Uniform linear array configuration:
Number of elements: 8
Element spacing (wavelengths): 0.25
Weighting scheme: blackman
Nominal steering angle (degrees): -30
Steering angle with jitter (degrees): -29.018
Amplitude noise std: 0.05
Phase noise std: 0.05

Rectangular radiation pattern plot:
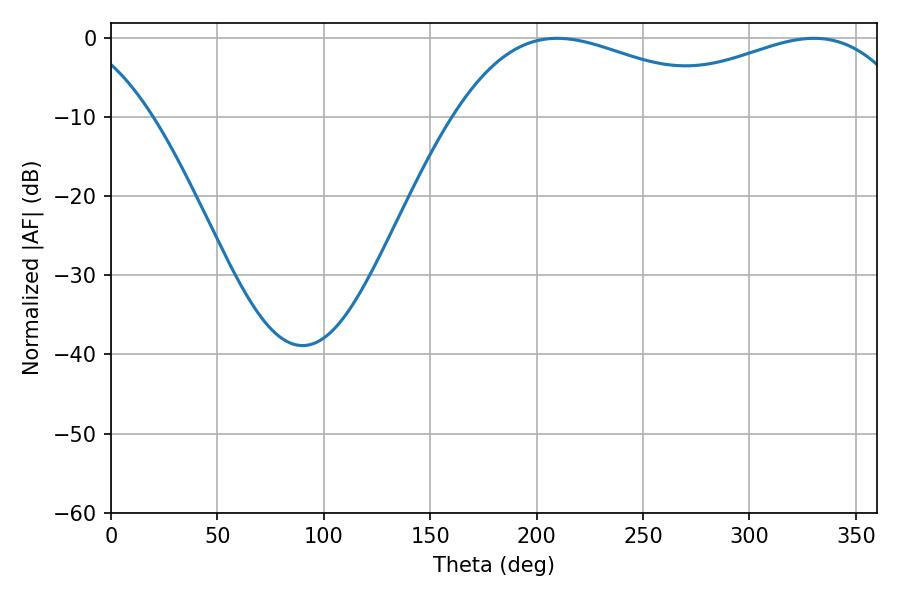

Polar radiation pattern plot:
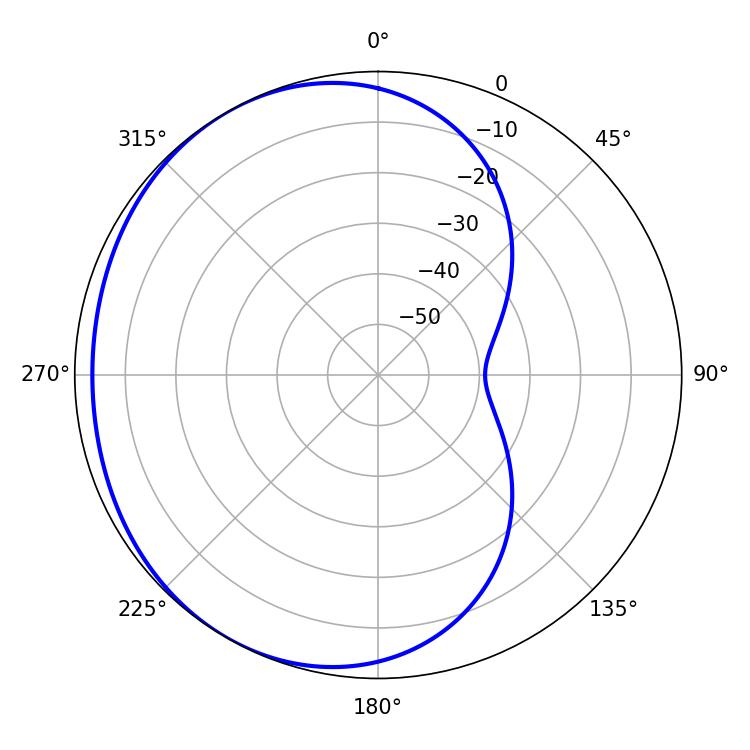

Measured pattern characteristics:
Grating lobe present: FALSE
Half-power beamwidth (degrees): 73.26
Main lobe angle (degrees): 209.7